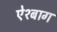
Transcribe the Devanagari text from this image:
ऐश्बाग